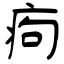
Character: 痀